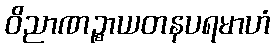
ဝိညာဏဉ္စာယတနပရမာဟံ